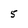
Character: 5